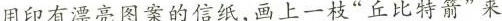
用印有漂亮图案的信纸，画上一枝“丘比特箭”来